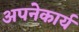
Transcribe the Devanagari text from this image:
अपनेकार्य